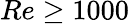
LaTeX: Re\ge 1000